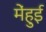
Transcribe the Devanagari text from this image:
मेंहुई